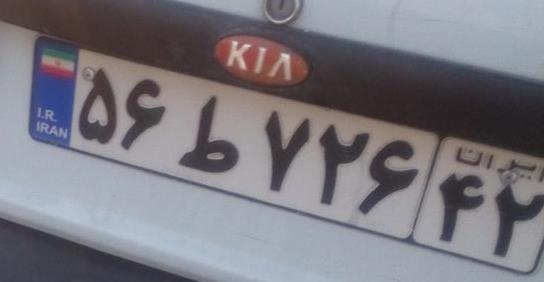
۵۶ط۷۲۶۴۲